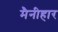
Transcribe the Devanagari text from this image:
मैनीहार